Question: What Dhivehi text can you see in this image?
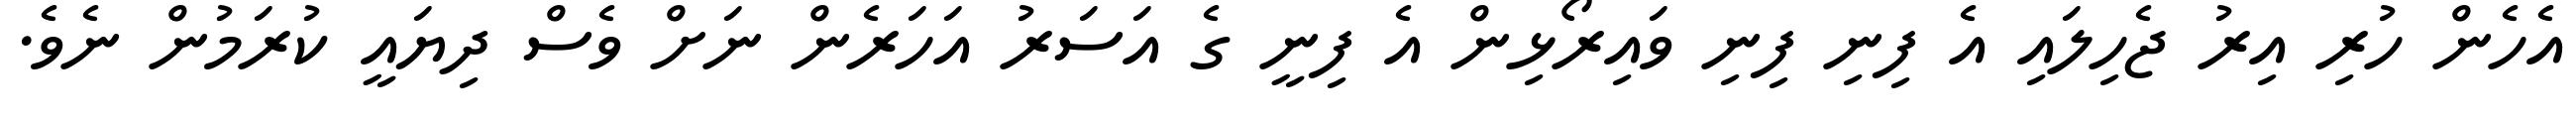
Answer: އެހެން ހުރި އިރު ޖެހިލައި އެ ފިނި ފިނި ވައިރޯޅިން އެ ފިނީ ގެ އަސަރު އަހަރެން ނަށް ވެސް ދިޔައީ ކުރަމުން ނެވެ.